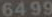
6499